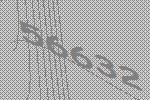
56632